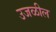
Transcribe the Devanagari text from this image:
उजळील